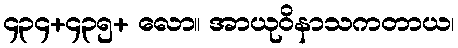
၄၃၄+၄၃၅+ လော။ အာယုဝိနာသကတာယ၊